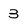
Character: 3